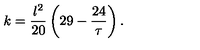
k = { \frac { l ^ { 2 } } { 2 0 } } \left( 2 9 - { \frac { 2 4 } { \tau } } \right) .